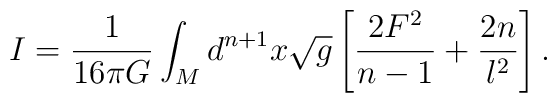
I = \frac{1}{16{\pi}G} \int_{M} d^{n+1}x \sqrt{g} \left[\frac{2F^2}{n-1}+ \frac{2n}{l^2}\right].